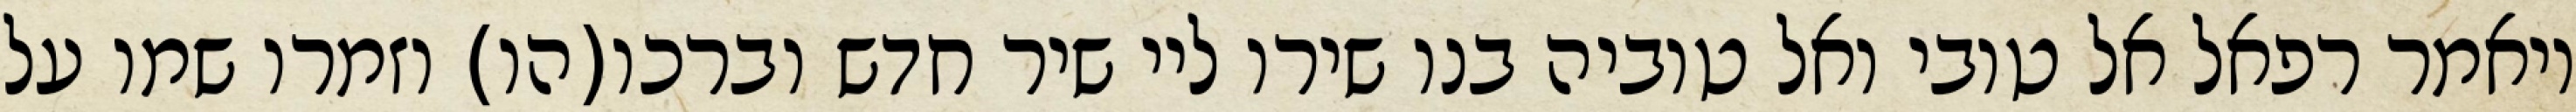
ויאמר רפאל אל טובי ואל טוביה בנו שירו ליי שיר חדש וברכו(הו) וזמרו שמו על